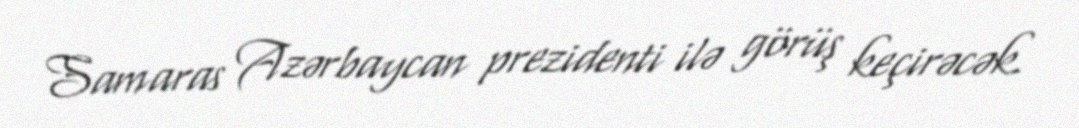
Samaras Azərbaycan prezidenti ilə görüş keçirəcək.